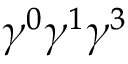
\gamma ^ { 0 } \gamma ^ { 1 } \gamma ^ { 3 }